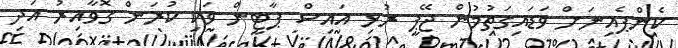
ކެންޕެއިނަށް ވަޑައިގަތުމުން ޖޭޕީ ރުޅި އައިސް ޕާޓީން ވަކި ކުރަން ގޮވާއިރު އަދި